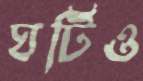
ঘটিও